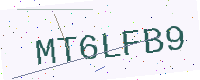
Text: MT6LFB9